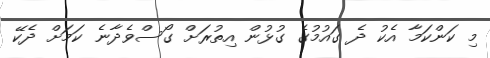
މި ކަންކަމާ އެކު ދެ ގައުމުގެ ގުޅުން އިތުރަށް ގޯސްވެދާނެ ކަމަށް ދެކޭ